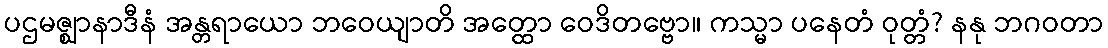
ပဌမဇ္ဈာနာဒီနံ အန္တရာယော ဘဝေယျာတိ အတ္ထော ဝေဒိတဗ္ဗော။ ကသ္မာ ပနေတံ ဝုတ္တံ? နနု ဘဂဝတာ